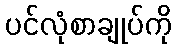
ပင်လုံစာချုပ်ကို